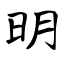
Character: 明